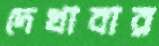
দেখাবার